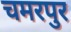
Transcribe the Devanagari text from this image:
चमरपुर